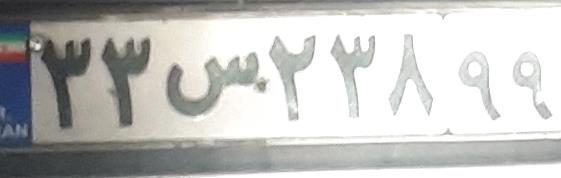
۳۳س۲۳۸۹۹